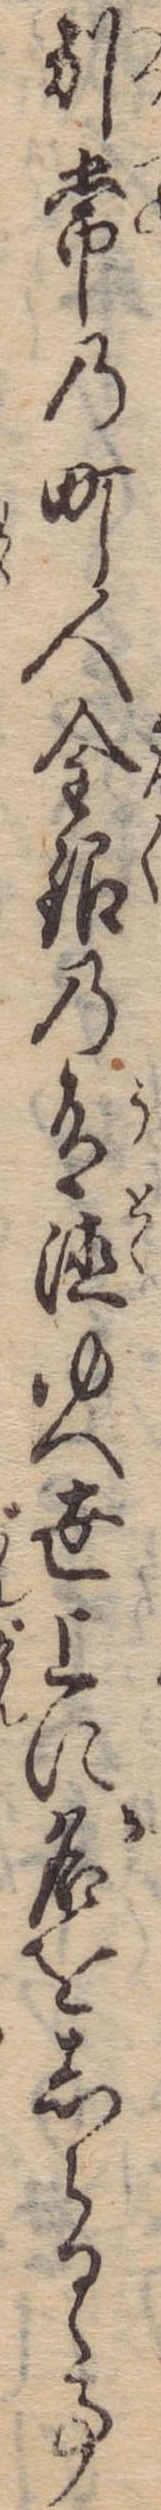
別常の町人金銀の有徳ゆへ世上に名をしらるゝ事